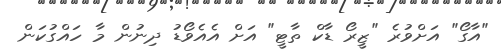
"އާގޯ" އަށްވުރެ "ޒީރޯ ޑާކް ތާޓީ" އަށް އެއެވޯޑު ދިނުން މާ ހައްގުކަން